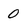
Character: 0